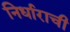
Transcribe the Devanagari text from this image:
निर्धाराची